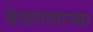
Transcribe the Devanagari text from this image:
बेळगावाच्या